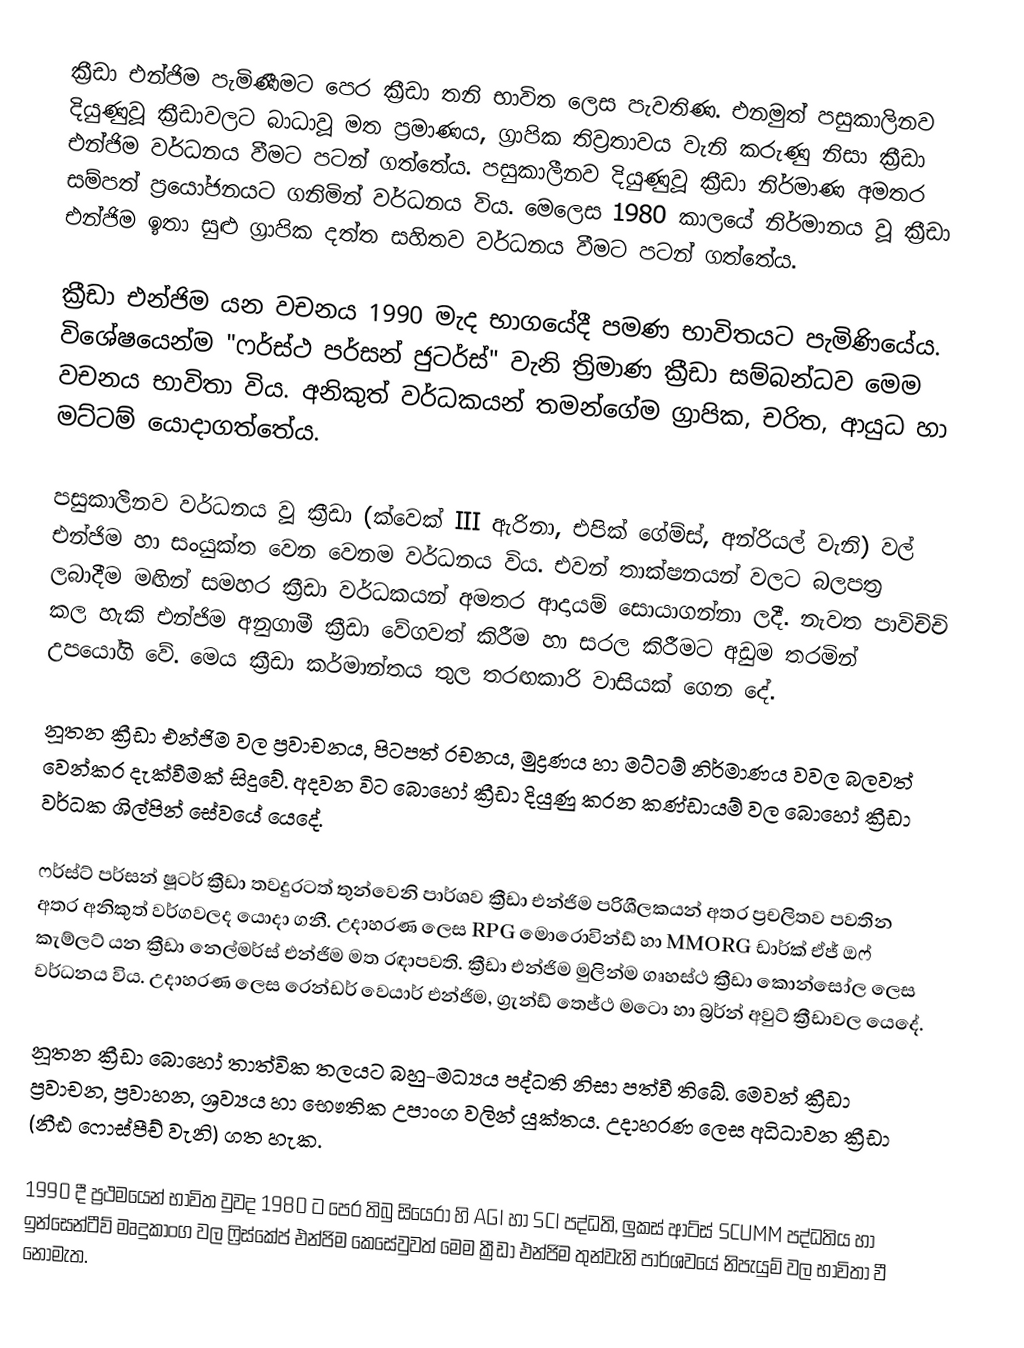
ක්‍රීඩා එන්ජිම පැමිණීමට පෙර ක්‍රීඩා තනි භාවිත ලෙස පැවතිණ. එනමුත් පසුකාලිනව දියුණුවූ ක්‍රීඩාවලට බාධාවූ මත ප්‍රමාණය, ග්‍රාපික තිව්‍රතාවය වැනි කරුණු නිසා ක්‍රීඩා එන්ජිම වර්ධනය වීමට පටන් ගත්තේය. පසුකාලීනව දියුණුවූ ක්‍රීඩා නිර්මාණ අමතර සම්පත් ප්‍රයෝජනයට ගනිමින් වර්ධනය විය. මෙලෙස 1980 කාලයේ නිර්මානය වූ ක්‍රීඩා එන්ජිම ඉතා සුළු ග්‍රාපික දත්ත සහිතව වර්ධනය වීමට පටන් ගත්තේය.

ක්‍රීඩා එන්ජිම යන වචනය 1990 මැද භාගයේදී පමණ භාවිතයට පැමිණියේය. විශේෂයෙන්ම "ෆර්ස්ථ පර්සන් ජුටර්ස්" වැනි ත්‍රිමාණ ක්‍රීඩා සම්බන්ධව මෙම වචනය භාවිතා විය. අනිකුත් වර්ධකයන් තමන්ගේම ග්‍රාපික, චරිත, ආයුධ හා මට්ටම් යොදාගත්තේය.

පසුකාලීනව වර්ධනය වූ ක්‍රීඩා (ක්වෙක් III ඇරිනා, එපික් ගේම්ස්, අන්රියල් වැනි) වල් එන්ජිම හා සංයුක්ත වෙන වෙනම වර්ධනය විය. එවන් තාක්ෂනයන් වලට බලපත්‍ර ලබාදීම මඟින් සමහර ක්‍රීඩා වර්ධකයන් අමතර ආදායම් සොයාගන්නා ලදී. නැවත පාවිච්චි කල හැකි එන්ජිම අනුගාමී ක්‍රීඩා වේගවත් කිරීම හා සරල කිරීමට අඩුම තරමින් උපයෝගි වේ. මෙය ක්‍රීඩා කර්මාන්තය තුල තරඟකාරි වාසියක් ගෙන දේ.

නූතන ක්‍රීඩා එන්ජිම වල ප්‍රවාචනය, පිටපත් රචනය, මුද්‍රණය හා මට්ටම් ‍නිර්මාණය වවල බලවත් වෙන්කර දැක්වීමක් සිදුවේ. අදවන විට බොහෝ ක්‍රීඩා දියුණු කරන කණ්ඩායම් වල බොහෝ ක්‍රීඩා වර්ධක ශිල්පින් සේවයේ යෙදේ.

ෆර්ස්ට් පර්සන් ෂූටර් ක්‍රීඩා තවදුරටත් තුන්වෙනි පාර්ශව ක්‍රීඩා එන්ජිම පරිශීලකයන් අතර ප්‍රචලිතව පවතින අතර අනිකුත් වර්ගවලද යොදා ගනී. උදාහරණ ලෙස RPG මොරොවින්ඩ් හා MMORG ඩාර්ක් ඒජ් ඔෆ් කැම්ලට් යන ක්‍රීඩා නෙල්මර්ස් එන්ජිම මත රඳාපවති. ක්‍රීඩා එන්ජිම මුලින්ම ගෘහස්ථ ක්‍රීඩා කොන්සෝල ලෙස වර්ධනය විය. උදාහරණ ලෙස රෙන්ඩර් වෙයාර් එන්ජිම, ග්‍රැන්ඩ් තෙජ්ථ මටො හා බ්‍රර්න් අවුට් ක්‍රීඩාවල යෙදේ.

නූතන ක්‍රීඩා බොහෝ තාත්වික තලයට බහු-මධ්‍යය පද්ධති නිසා පත්වී තිබේ. මෙවන් ක්‍රීඩා ප්‍රවාචන, ප්‍රවාහන, ශ්‍රව්‍යය හා භෞතික උපාංග වලින් යුක්තය. උදාහරණ ලෙස අධිධාවන ක්‍රීඩා (නීඪ ෆොස්පීච් වැනි) ගත හැක.

1990 දී ප්‍රථමයෙන් භාවිත වුවද 1980 ට පෙර තිබු සියෙරා හි AGI හා SCI පද්ධති, ලුකස් ආට්ස් SCUMM පද්ධතිය හා ඉන්සෙන්ටීව් මෘදුකාංග වල ෆ්‍රි‍ස්කේප් එන්ජිම කෙසේවුවත් මෙම ක්‍රීඩා එන්ජිම තුන්වැනි පාර්ශවයේ නිපැයුම් වල භාවිතා වී නොමැත.